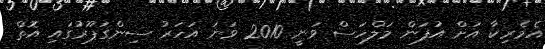
އެމެރިކާ އަށް އުފަން މަލްހަސް ވަނީ 2010 ވަނަ އަހަރު ސިންގަޕޫރުގައި އޮތް